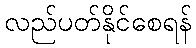
လည်ပတ်နိုင်စေရန်